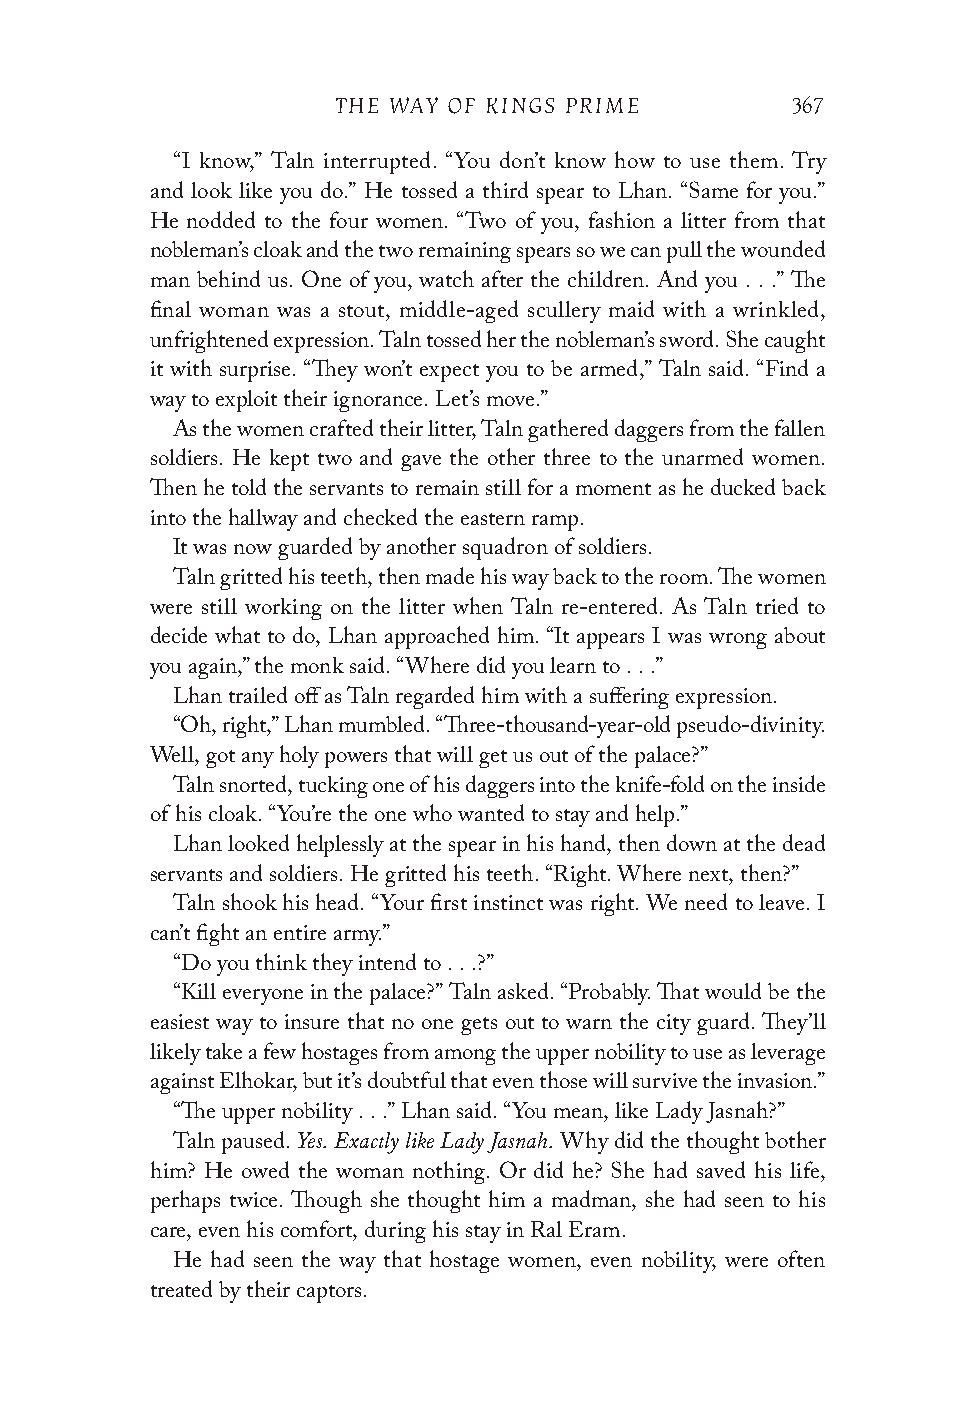
THE WAY OF KINGS PRIME        367
 “I know,” Taln interrupted. “You don’t know how to use them. Try
 and look like you do.” He tossed a third spear to Lhan. “Same for you.”
 He nodded to the four women. “Two of you, fashion a litter from that
 nobleman’s cloak and the two remaining spears so we can pull the wounded
 man behind us. One of you, watch after the children. And you . . .” The
 final woman was a stout, middle-aged scullery maid with a wrinkled,
 unfrightened expression. Taln tossed her the nobleman’s sword. She caught
 it with surprise. “They won’t expect you to be armed,” Taln said. “Find a
 way to exploit their ignorance. Let’s move.”
 As the women crafted their litter, Taln gathered daggers from the fallen
 soldiers. He kept two and gave the other three to the unarmed women.
 Then he told the servants to remain still for a moment as he ducked back
 into the hallway and checked the eastern ramp.
 It was now guarded by another squadron of soldiers.
 Taln gritted his teeth, then made his way back to the room. The women
 were still working on the litter when Taln re-entered. As Taln tried to
 decide what to do, Lhan approached him. “It appears I was wrong about
 you again,” the monk said. “Where did you learn to . . .”
 Lhan trailed off as Taln regarded him with a suffering expression.
 “Oh, right,” Lhan mumbled. “Three-thousand-year-old pseudo-divinity.
 Well, got any holy powers that will get us out of the palace?”
 Taln snorted, tucking one of his daggers into the knife-fold on the inside
 of his cloak. “You’re the one who wanted to stay and help.”
 Lhan looked helplessly at the spear in his hand, then down at the dead
 servants and soldiers. He gritted his teeth. “Right. Where next, then?”
 Taln shook his head. “Your first instinct was right. We need to leave. I
 can’t fight an entire army.”
 “Do you think they intend to . . .?”
 “Kill everyone in the palace?” Taln asked. “Probably. That would be the
 easiest way to insure that no one gets out to warn the city guard. They’ll
 likely take a few hostages from among the upper nobility to use as leverage
 against Elhokar, but it’s doubtful that even those will survive the invasion.”
 “The upper nobility . . .” Lhan said. “You mean, like Lady Jasnah?”
 Yes. Exactly like Lady Jasnah.
 Taln paused.              Why did the thought bother
 him? He owed the woman nothing. Or did he? She had saved his life,
 perhaps twice. Though she thought him a madman, she had seen to his
 care, even his comfort, during his stay in Ral Eram.
 He had seen the way that hostage women, even nobility, were often
 treated by their captors.